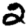
Digit: 2